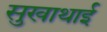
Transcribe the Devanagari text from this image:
सुखाथाई